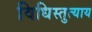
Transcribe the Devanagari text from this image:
विधिस्तुत्याय